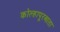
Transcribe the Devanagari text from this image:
कोल्हापूरआता